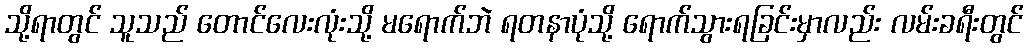
သို့ရာတွင် သူသည် တောင်လေးလုံးသို့ မရောက်ဘဲ ရတနာပုံသို့ ရောက်သွားရခြင်းမှာလည်း လမ်းခရီးတွင်